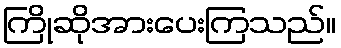
ကြိုဆိုအားပေးကြသည်။